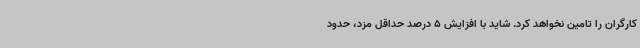
کارگران را تامین نخواهد کرد. شاید با افزایش 5 درصد حداقل مزد، حدود